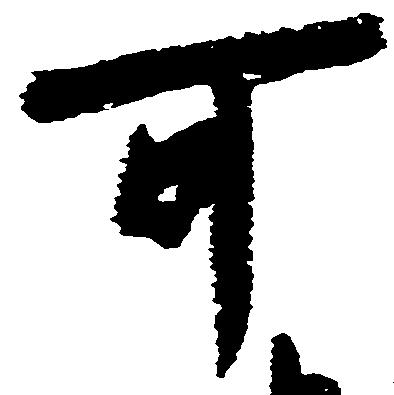
可